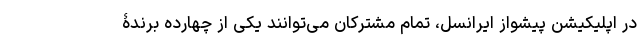
در اپلیکیشن پیشواز ایرانسل، تمام مشترکان می‌توانند یکی از چهارده برندۀ